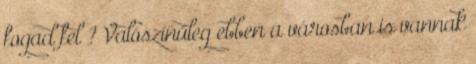
fogad fel ? Valószínűleg ebben a városban is vannak